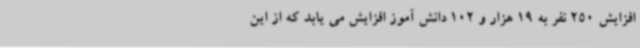
افزایش 250 نفر به 19 هزار و 102 دانش آموز افزایش می یابد که از این